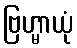
ဗြဟ္မာယုံ